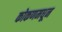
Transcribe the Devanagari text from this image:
कोकणमधून